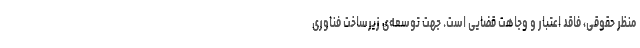
منظر حقوقی، فاقد اعتبار و وجاهت قضایی است. جهت توسعه‌ی زیرساخت فناوری